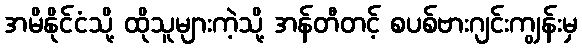
အမိနိုင်ငံသို့ ထိုသူများကဲ့သို့ အန်တီတင့် စပစ်ဗားဂျင်းကျွန်းမှ